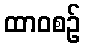
ထာဝစဉ်